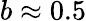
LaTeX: b\approx 0.5